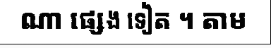
ណា ផ្សេង ទៀត ។ តាម